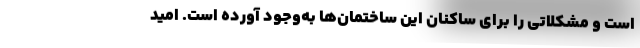
است و مشکلاتی را برای ساکنان این ساختمان‌ها به‌وجود آورده است. امید